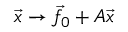
{ \vec { x } } \to { \vec { f } } _ { 0 } + A { \vec { x } }